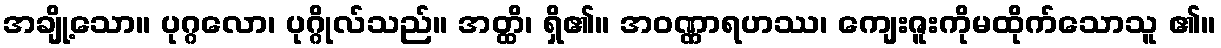
အချို့သော။ ပုဂ္ဂလော၊ ပုဂ္ဂိုလ်သည်။ အတ္ထိ၊ ရှိ၏။ အဝဏ္ဏာရဟဿ၊ ကျေးဇူးကိုမထိုက်သောသူ ၏။